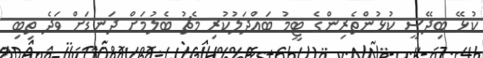
ކުޅޭ ބިދޭސީ ކުޅުންތެރިންގެ ޓީމު ބައްދަލުކުރި މެޗު ބެލުމަށް ދަނޑަށް ވަދެ ތިބި